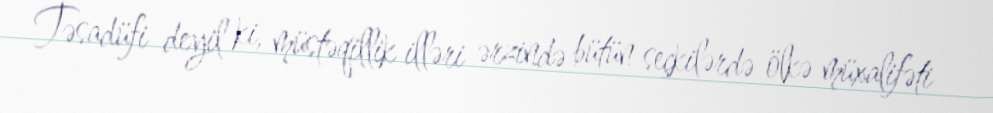
Təsadüfi deyil ki, müstəqillik illəri ərzində bütün seçkilərdə ölkə müxalifəti